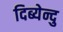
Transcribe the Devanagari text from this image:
दिब्येन्दु